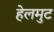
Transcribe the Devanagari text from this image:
हेलमुट